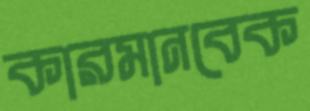
কারমানবেক